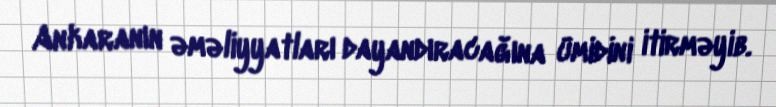
Ankaranın əməliyyatları dayandıracağına ümidini itirməyib.